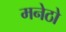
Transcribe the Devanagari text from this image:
मनेठो